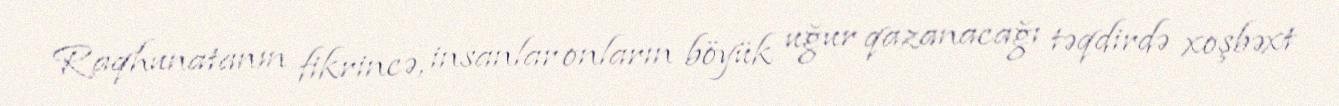
Raqhunatanın fikrincə, insanlar onların böyük uğur qazanacağı təqdirdə xoşbəxt